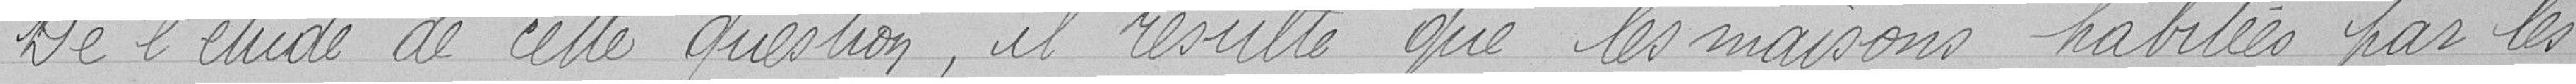
De l'étude de cette question, il résulte que les maisons habitées par les